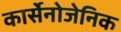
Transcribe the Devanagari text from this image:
कार्सेनोजेनिक